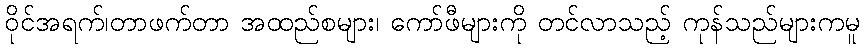
ဝိုင်အရက်၊တာဖက်တာ အထည်စများ၊ ကော်ဖီများကို တင်လာသည့် ကုန်သည်များကမူ